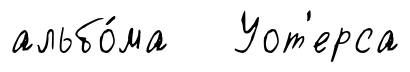
альбо́ма Уот'ерса